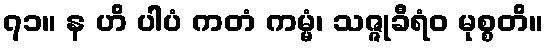
၇၁။ န ဟိ ပါပံ ကတံ ကမ္မံ၊ သဇ္ဇုခီရံဝ မုစ္စတိ။